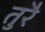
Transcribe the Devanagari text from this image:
तुरै